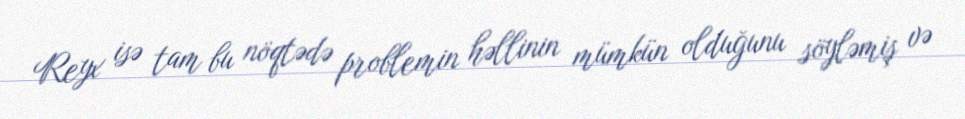
Reyx isə tam bu nöqtədə problemin həllinin mümkün olduğunu söyləmiş və